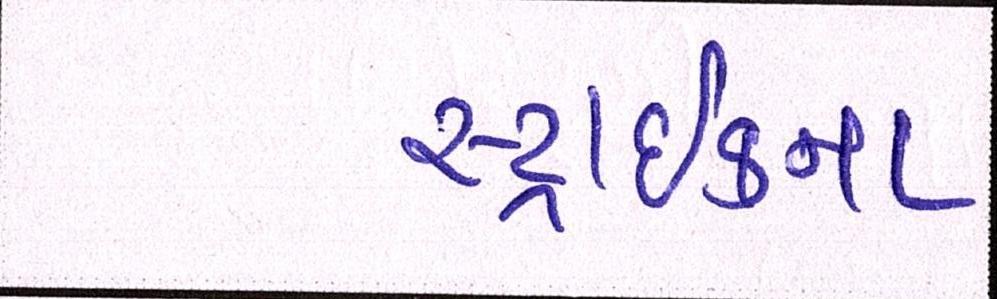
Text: સ્ટ્રાઈકના